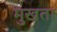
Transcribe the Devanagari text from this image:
मुखता